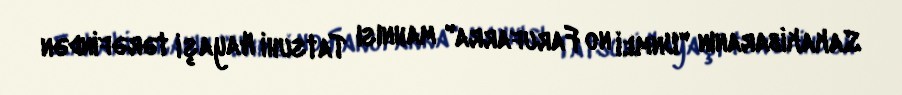
Sakakibaranın "Unmei no Farufarra" mahnısı Tatsuhi Hayaşi tərəfindən